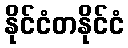
နိုင်ငံတနိုင်ငံ